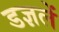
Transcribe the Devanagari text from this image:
डज्ञलें